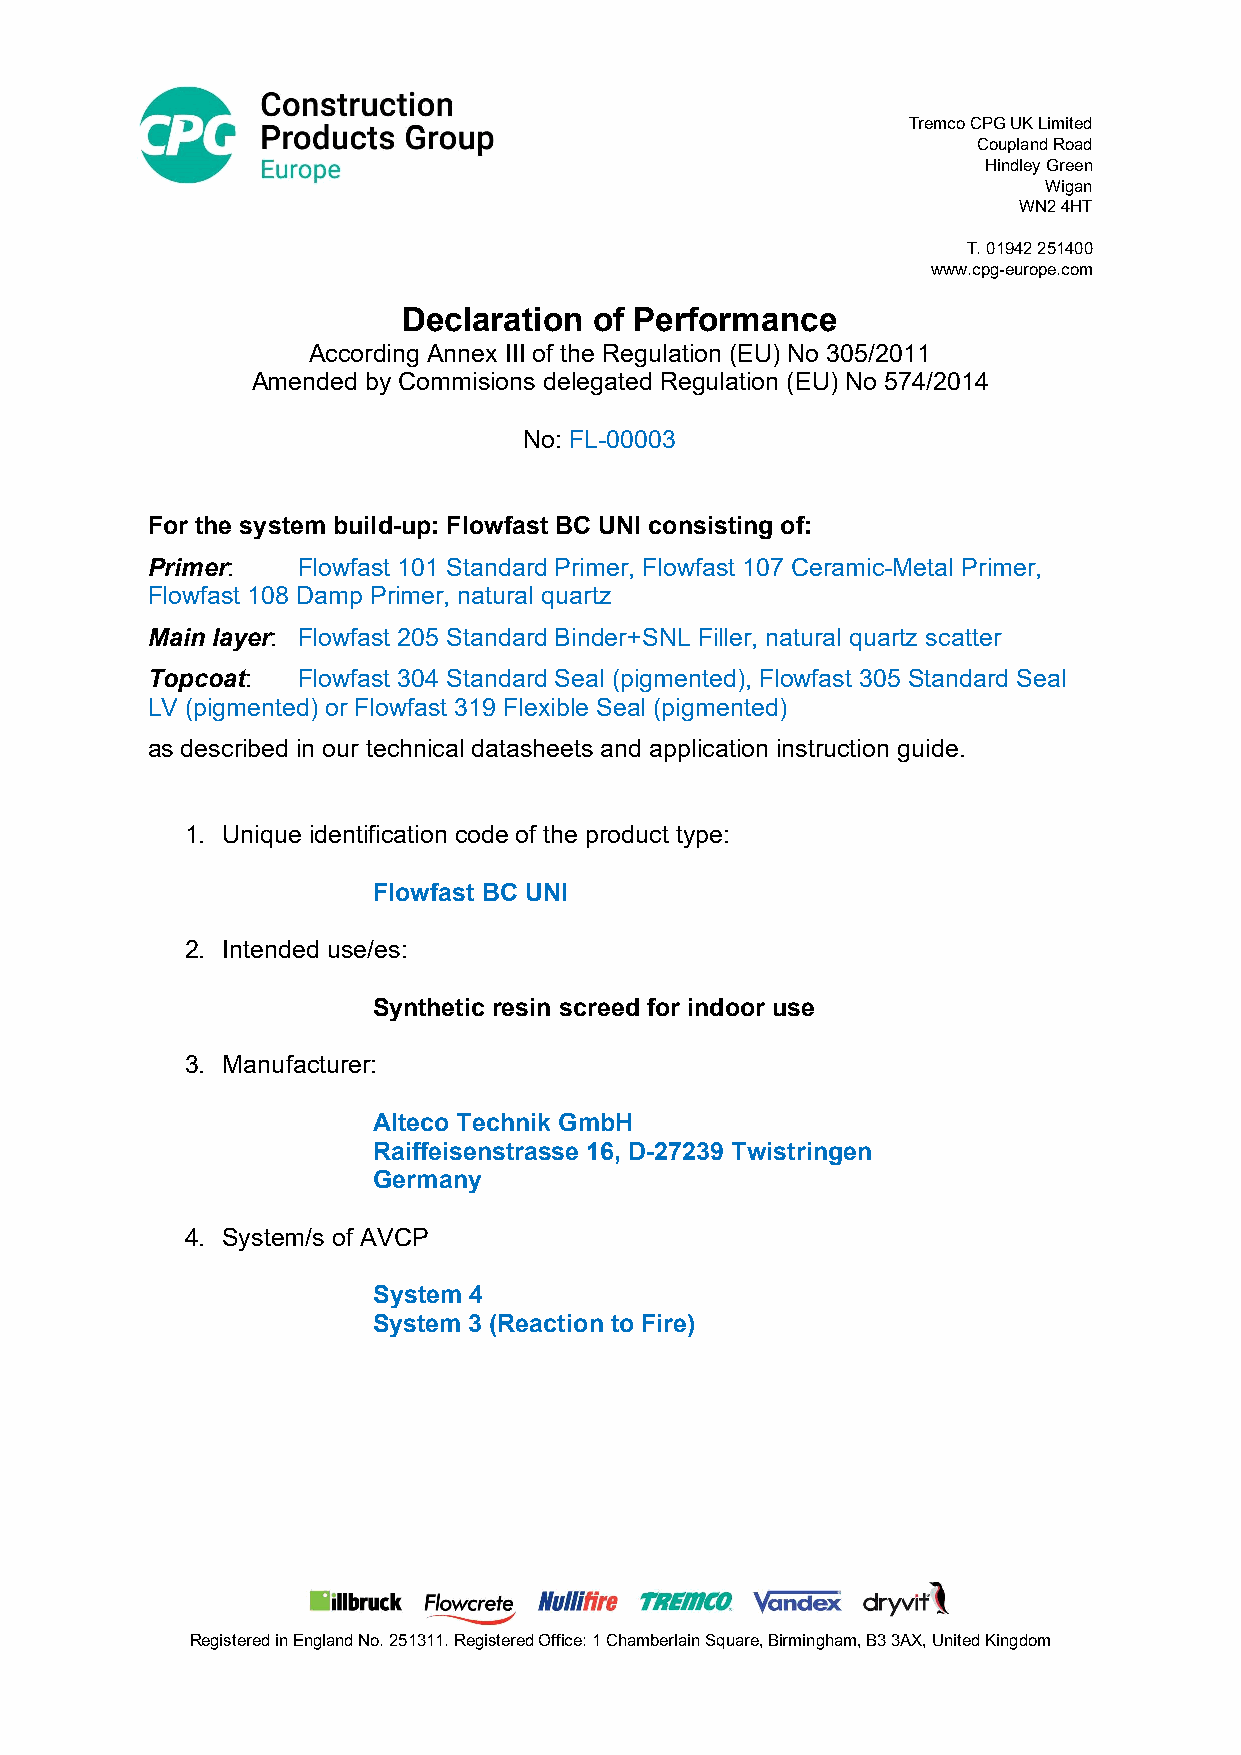
Tremco CPG UK Limited
 Coupland Road
 Hindley Green
 Wigan
 WN2 4HT
 T. 01942 251400
 www.cpg-europe.com
 Declaration of Performance
 According Annex III of the Regulation (EU) No 305/2011
 Amended by Commisions delegated Regulation (EU) No 574/2014
 No: FL-00003
 For the system build-up: Flowfast BC UNI consisting of:
 Primer:   Flowfast 101 Standard Primer, Flowfast 107 Ceramic-Metal Primer,
 Flowfast 108 Damp Primer, natural quartz
 Main layer: Flowfast 205 Standard Binder+SNL Filler, natural quartz scatter
 Topcoat:  Flowfast 304 Standard Seal (pigmented), Flowfast 305 Standard Seal
 LV (pigmented) or Flowfast 319 Flexible Seal (pigmented)
 as described in our technical datasheets and application instruction guide.
 1. Unique identification code of the product type:
 Flowfast BC UNI
 2. Intended use/es:
 Synthetic resin screed for indoor use
 3. Manufacturer:
 Alteco Technik GmbH
 Raiffeisenstrasse 16, D-27239 Twistringen
 Germany
 4. System/s of AVCP
 System 4
 System 3 (Reaction to Fire)
 Registered in England No. 251311. Registered Office: 1 Chamberlain Square, Birmingham, B3 3AX, United Kingdom